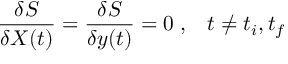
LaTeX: { \frac { \delta S } { \delta X ( t ) } } = { \frac { \delta S } { \delta y ( t ) } } = 0 \; , \; \; \; t \neq t _ { i } , t _ { f }